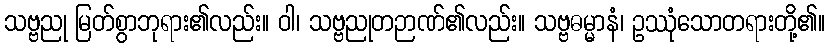
သဗ္ဗညု မြတ်စွာဘုရား၏လည်း။ ဝါ၊ သဗ္ဗညုတဉာဏ်၏လည်း။ သဗ္ဗဓမ္မာနံ၊ ဥဿုံသောတရားတို့၏။